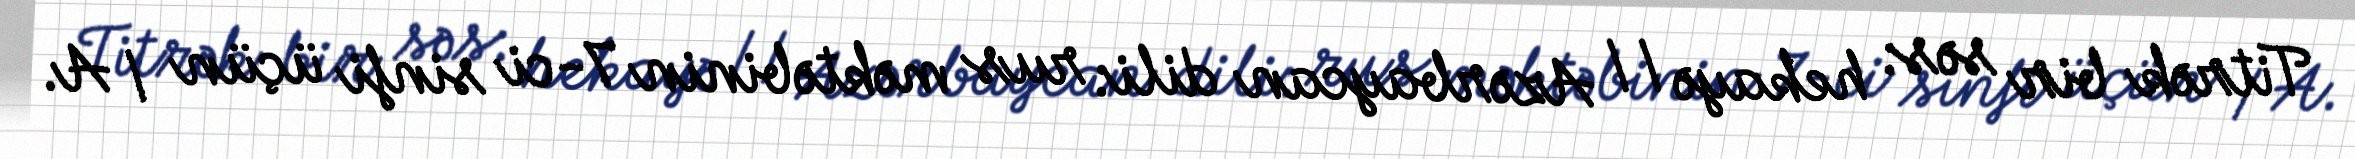
Titrək bir səs: hekayə // Azərbaycan dili: rus məktəbinin 7-ci sinfi üçün / A.